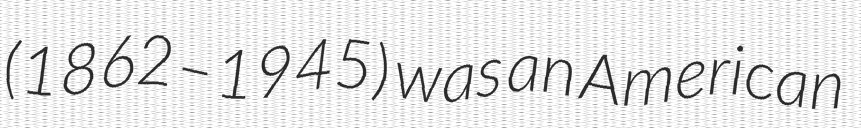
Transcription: (1862–1945) was an American